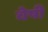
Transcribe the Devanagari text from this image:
वेषी